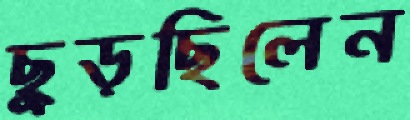
ছুড়ছিলেন